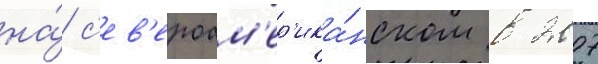
на́ с'ев'ероам'ер'ика́нском в 2007